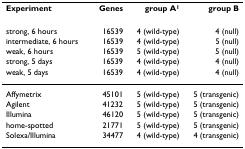
<table><thead><tr><td><b>Experiment</b></td><td><b>Genes</b></td><td><b>group A<sup>1</sup></b></td><td><b>group B</b></td></tr></thead><tbody><tr><td>strong, 6 hours</td><td>16539</td><td>4 (wild-type)</td><td>4 (null)</td></tr><tr><td>intermediate, 6 hours</td><td>16539</td><td>4 (wild-type)</td><td>5 (null)</td></tr><tr><td>weak, 6 hours</td><td>16539</td><td>5 (wild-type)</td><td>5 (null)</td></tr><tr><td>strong, 5 days</td><td>16539</td><td>4 (wild-type)</td><td>4 (null)</td></tr><tr><td>weak, 5 days</td><td>16539</td><td>4 (wild-type)</td><td>4 (null)</td></tr><tr><td>Affymetrix</td><td>45101</td><td>5 (wild-type)</td><td>5 (transgenic)</td></tr><tr><td>Agilent</td><td>41232</td><td>5 (wild-type)</td><td>5 (transgenic)</td></tr><tr><td>Illumina</td><td>46120</td><td>5 (wild-type)</td><td>5 (transgenic)</td></tr><tr><td>home-spotted</td><td>21771</td><td>5 (wild-type)</td><td>5 (transgenic)</td></tr><tr><td>Solexa/Illumina</td><td>34477</td><td>4 (wild-type)</td><td>4 (transgenic)</td></tr></tbody></table>